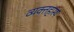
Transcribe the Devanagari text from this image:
व्यक्तहास्य